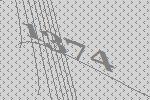
1374